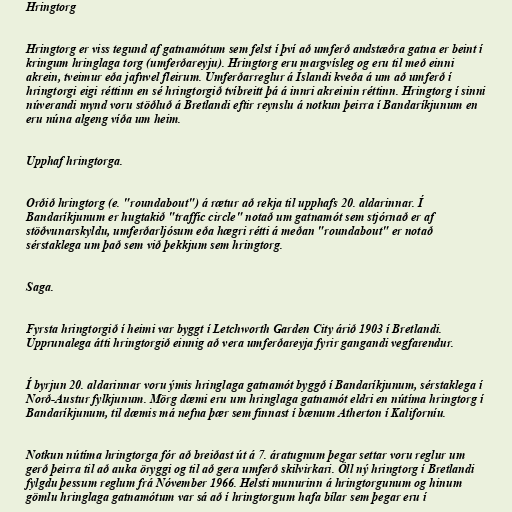
Hringtorg

Hringtorg er viss tegund af gatnamótum sem felst í því að umferð andstæðra gatna er beint í
kringum hringlaga torg (umferðareyju). Hringtorg eru margvísleg og eru til með einni
akrein, tveimur eða jafnvel fleirum. Umferðarreglur á Íslandi kveða á um að umferð í
hringtorgi eigi réttinn en sé hringtorgið tvíbreitt þá á innri akreinin réttinn. Hringtorg í sinni
núverandi mynd voru stöðluð á Bretlandi eftir reynslu á notkun þeirra í Bandaríkjunum en
eru núna algeng víða um heim.

Upphaf hringtorga.

Orðið hringtorg (e. "roundabout") á rætur að rekja til upphafs 20. aldarinnar. Í
Bandaríkjunum er hugtakið "traffic circle" notað um gatnamót sem stjórnað er af
stöðvunarskyldu, umferðarljósum eða hægri rétti á meðan "roundabout" er notað
sérstaklega um það sem við þekkjum sem hringtorg.

Saga.

Fyrsta hringtorgið í heimi var byggt í Letchworth Garden City árið 1903 í Bretlandi.
Upprunalega átti hringtorgið einnig að vera umferðareyja fyrir gangandi vegfarendur.

Í byrjun 20. aldarinnar voru ýmis hringlaga gatnamót byggð í Bandaríkjunum, sérstaklega í
Norð-Austur fylkjunum. Mörg dæmi eru um hringlaga gatnamót eldri en nútíma hringtorg í
Bandaríkjunum, til dæmis má nefna þær sem finnast í bænum Atherton í Kaliforníu.

Notkun nútíma hringtorga fór að breiðast út á 7. áratugnum þegar settar voru reglur um
gerð þeirra til að auka öryggi og til að gera umferð skilvirkari. Öll ný hringtorg í Bretlandi
fylgdu þessum reglum frá Nóvember 1966. Helsti munurinn á hringtorgunum og hinum
gömlu hringlaga gatnamótum var sá að í hringtorgum hafa bílar sem þegar eru í